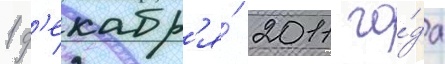
1 д'екабр'я́ 2011 го́да